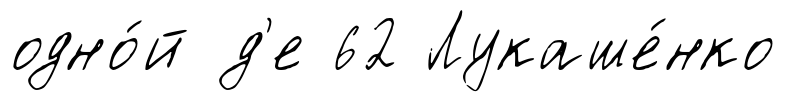
одно́й д'е 62 Лукаше́нко